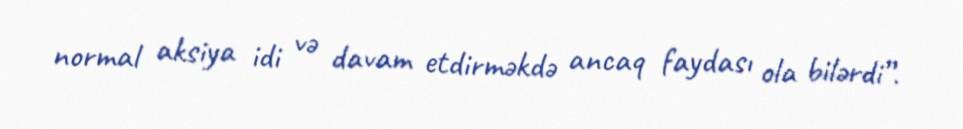
normal aksiya idi və davam etdirməkdə ancaq faydası ola bilərdi”.